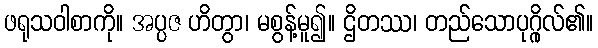
ဖရုသဝါစာကို။ အပ္ပဇ ဟိတွာ၊ မစွန့်မူ၍။ ဌိတဿ၊ တည်သောပုဂ္ဂိုလ်၏။